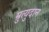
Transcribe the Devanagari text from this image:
म्रुत्युदान